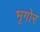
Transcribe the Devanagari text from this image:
भृगोर